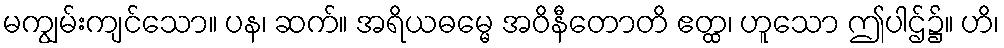
မကျွမ်းကျင်သော။ ပန၊ ဆက်။ အရိယဓမ္မေ အဝိနီတောတိ ဧတ္ထ၊ ဟူသော ဤပါဌ်၌။ ဟိ၊